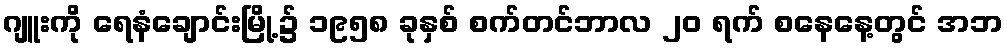
ဂျူးကို ရေနံချောင်းမြို့၌ ၁၉၅၈ ခုနှစ် စက်တင်ဘာလ ၂၀ ရက် စနေနေ့တွင် အဘ